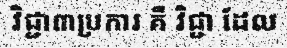
វិជ្ជា៣ប្រការ គឺ វិជ្ជា ដែល